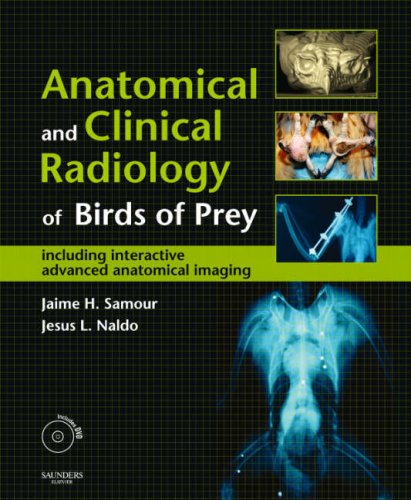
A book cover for Anatomical & Clinical Radiology of Birds of Prey: Including  Interactive Advanced Anatomical Imaging, 1e; Medical Books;